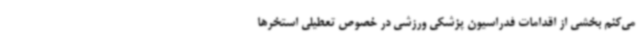
می‌کنم بخشی از اقدامات فدراسیون پزشکی ورزشی در خصوص تعطیلی استخرها